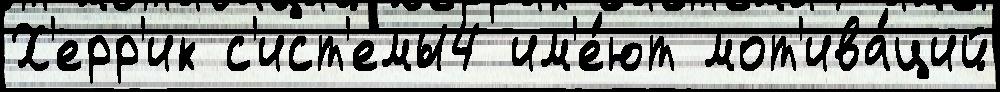
Х'ерр'ик с'ист'емы4 им'е́ют мот'ива́ций